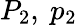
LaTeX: P_{2},\ p_{2}